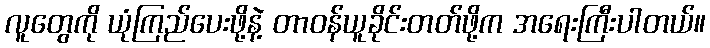
လူတွေကို ယုံကြည်ပေးဖို့နဲ့ တာဝန်ယူခိုင်းတတ်ဖို့က အရေးကြီးပါတယ်။